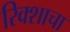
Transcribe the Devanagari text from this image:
रिक्शाचा